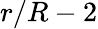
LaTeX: r/R-2